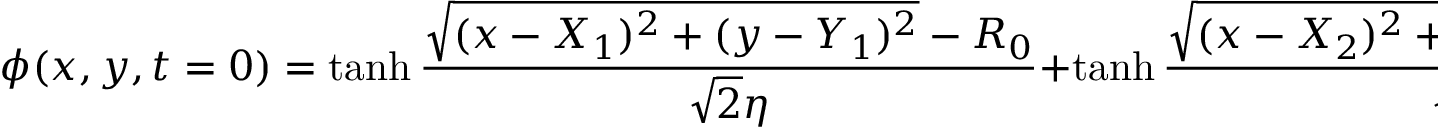
\small \phi ( x , y , t = 0 ) = \operatorname { t a n h } \frac { \sqrt { ( x - X _ { 1 } ) ^ { 2 } + ( y - Y _ { 1 } ) ^ { 2 } } - R _ { 0 } } { \sqrt { 2 } \eta } + \operatorname { t a n h } \frac { \sqrt { ( x - X _ { 2 } ) ^ { 2 } + ( y - Y _ { 2 } ) ^ { 2 } } - R _ { 0 } } { \sqrt { 2 } \eta } - 1 ,